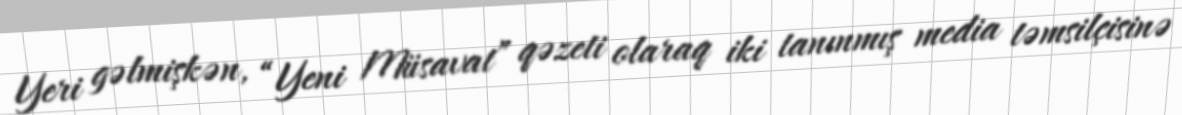
Yeri gəlmişkən, “Yeni Müsavat” qəzeti olaraq iki tanınmış media təmsilçisinə